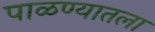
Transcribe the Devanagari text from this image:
पाळण्यातला